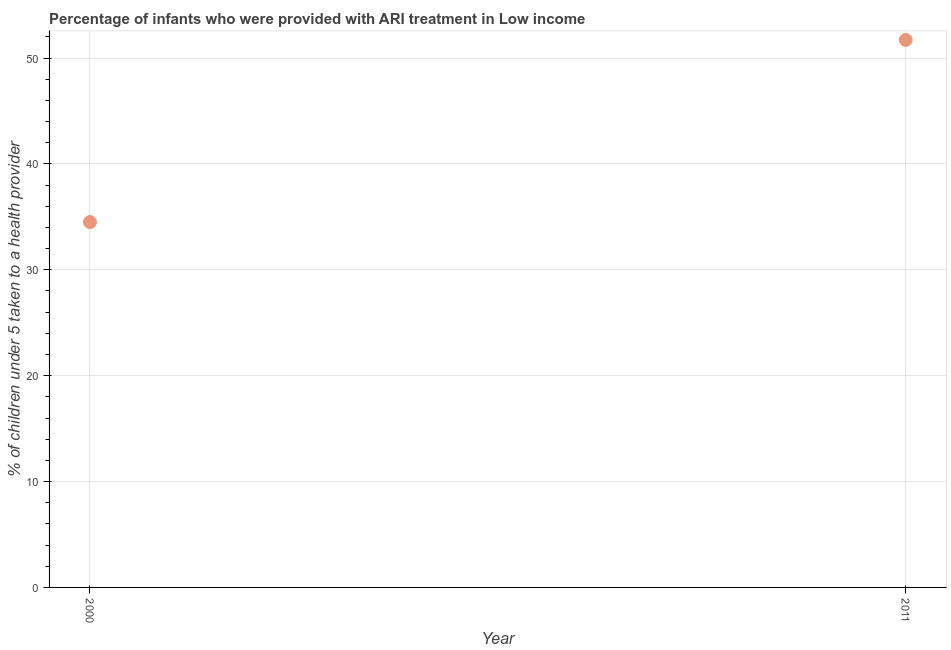
| Year | ARI treatment |
 | --- | --- |
 | 2000 | 34.5 |
 | 2011 | 51.7 |